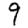
Digit: 9